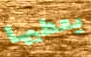
يعطيها